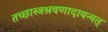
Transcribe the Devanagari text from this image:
तच्छास्त्रश्रवणादावन्यत्